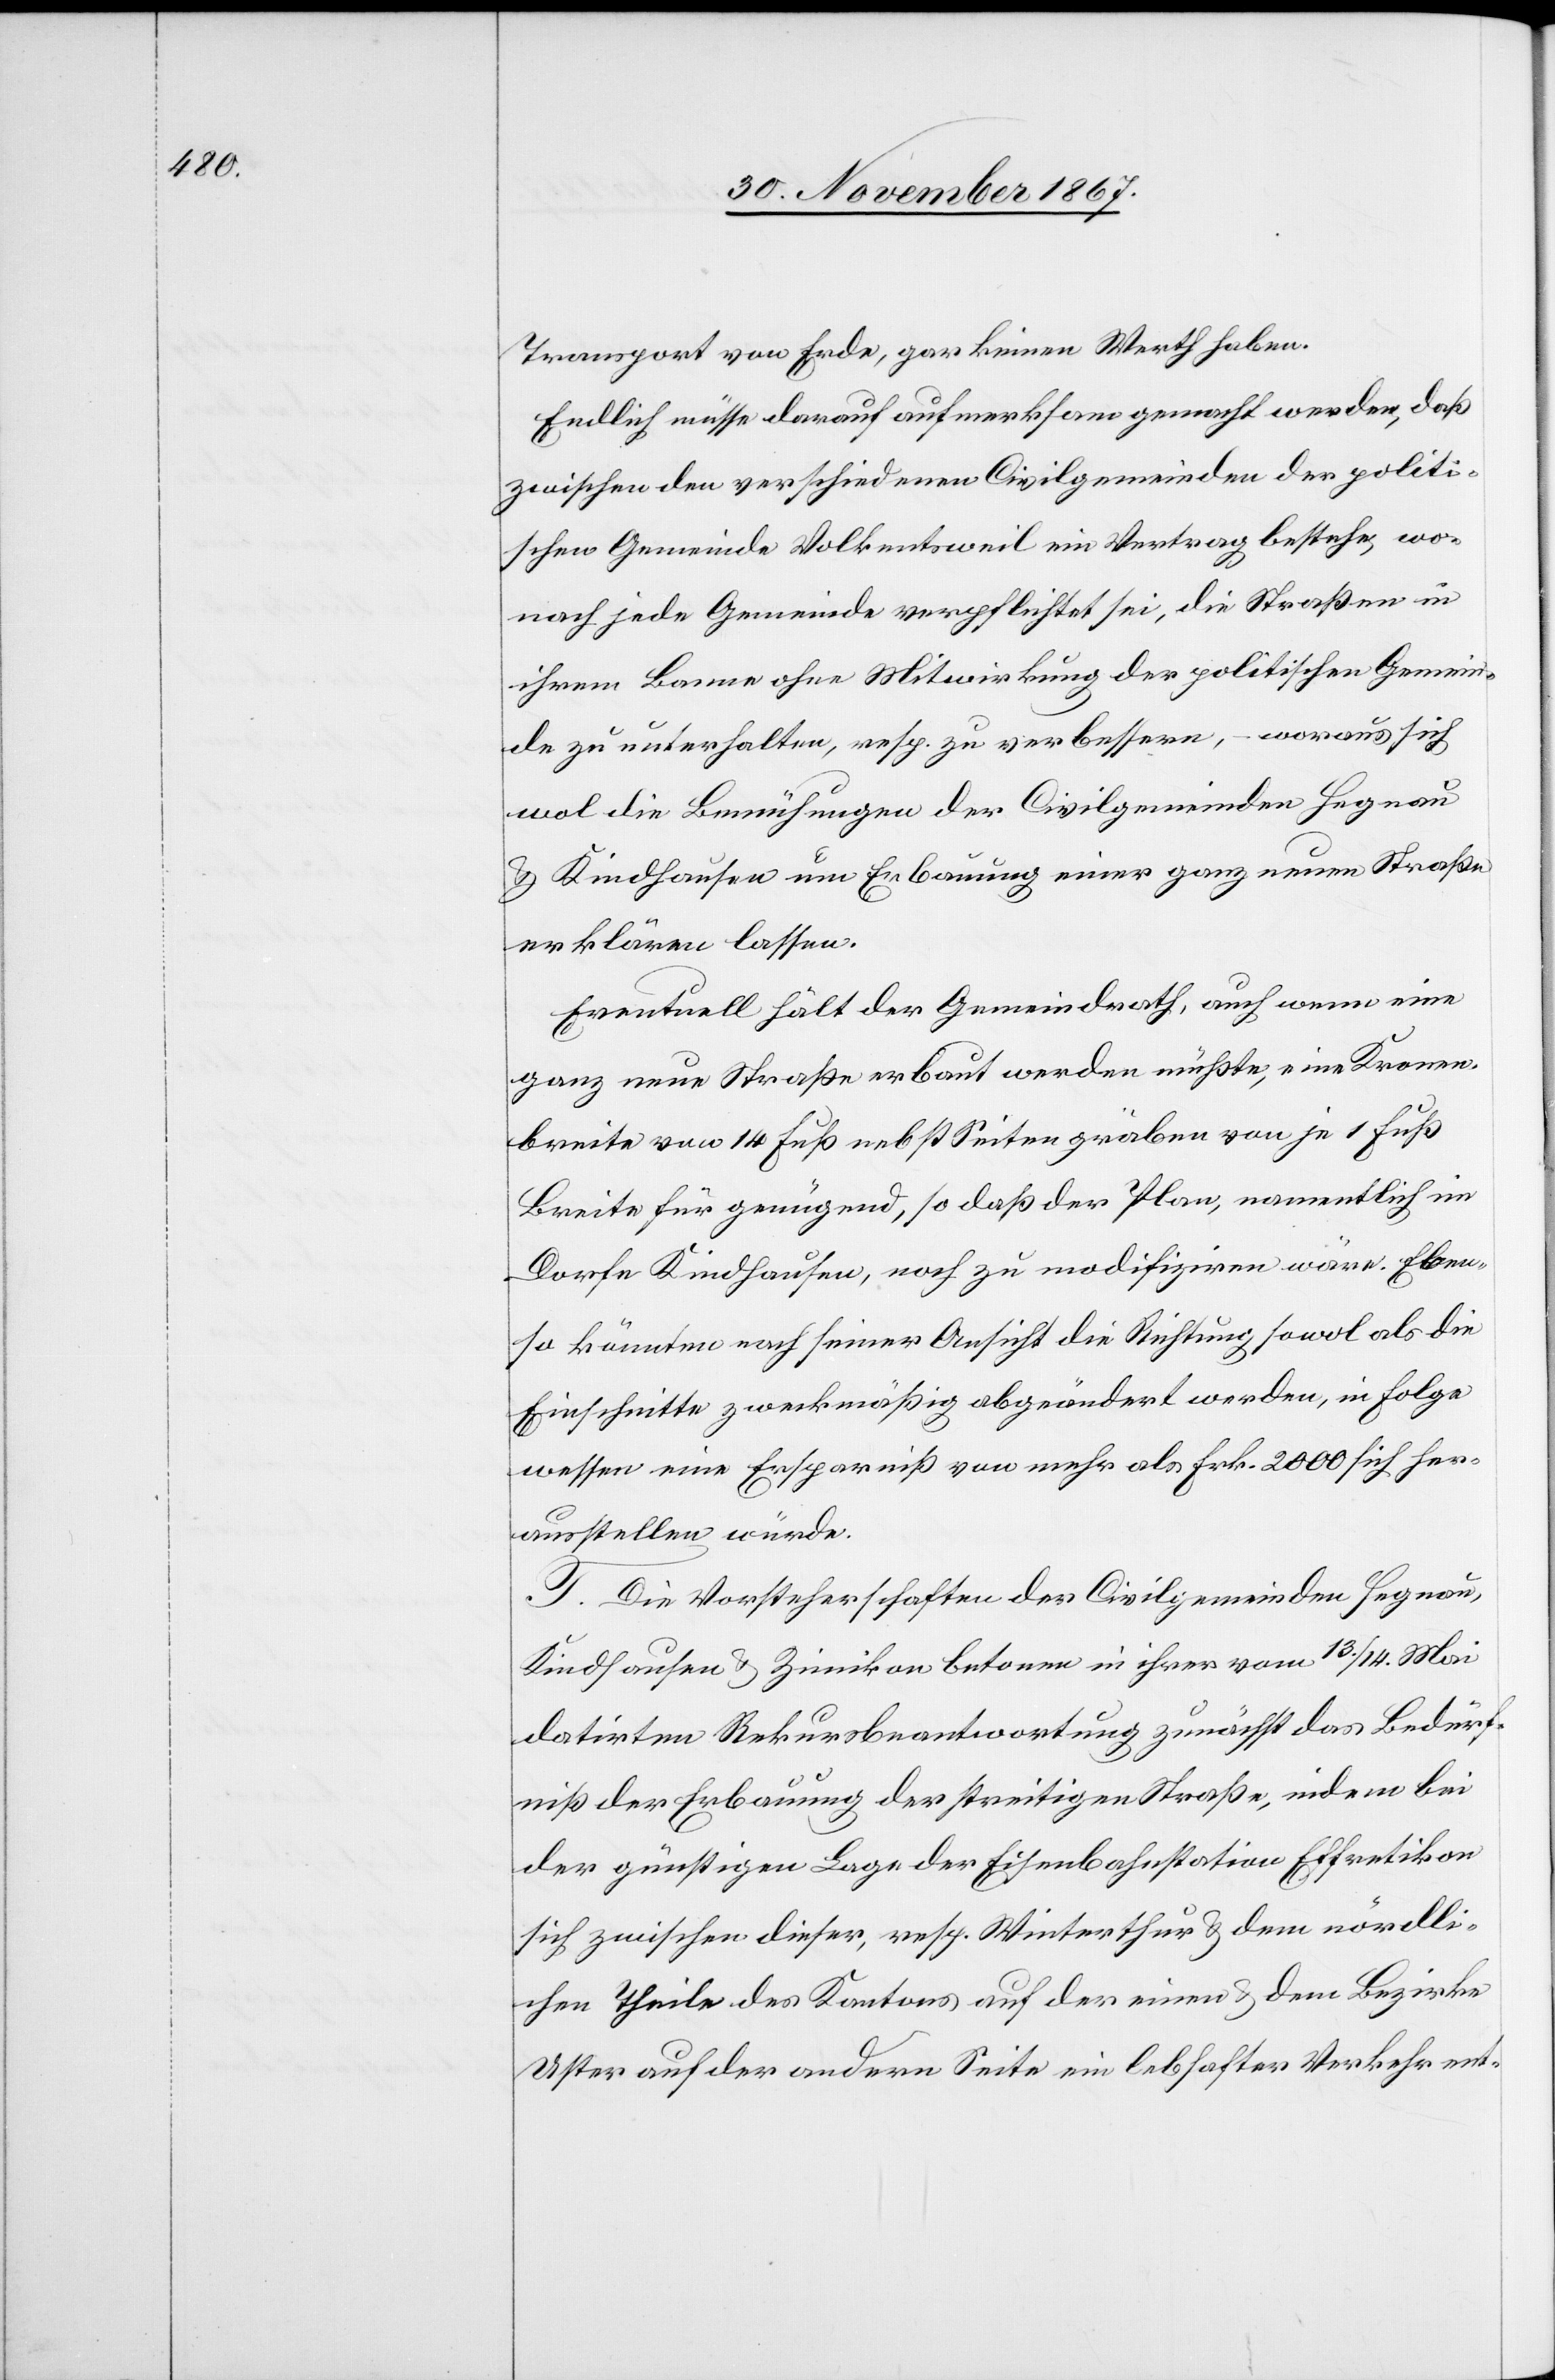
Transport von Erde, gar keinen Werth haben.
Endlich müsse darauf aufmerksam gemacht werden, daß
zwischen den verschiedenen Civilgemeinden der politi¬
schen Gemeinde Volkentsweil ein Vertrag bestehe, wo¬
nach jede Gemeinde verpflichtet sei, die Straßen in
ihrem Banne ohne Mitwirkung der politischen Gemein¬
de zu unterhalten, resp. zu verbessern, – woraus sich
wol die Bemühungen der Civilgemeinden Hegnau
u. Kindhausen um Erbauung einer ganz neuen Straße
erklären lassen.
Eventuell hält der Gemeindrath, auch wenn eine
ganz neue Straße erbaut werden müßte, eine Kronen¬
breite von 14 Fuß nebst Seitengräben von je 1 Fuß
Breite für genügend, so daß der Plan, namentlich im
Dorfe Kindhausen, noch zu modifiziren wäre. Eben¬
so könnten nach seiner Ansicht die Richtung sowol als die
Einschnitte zweckmäßig abgeändert werden, in Folge
wessen eine Ersparniß von mehr als Frk. 2000 sich her¬
ausstellen würde.
T. Die Vorsteherschaften der Civilgemeinden Hegnau,
Kindhausen u. Zimikon betonen in ihrer vom 13./14. Mai
datirten Rekursbeantwortung zunächst das Bedürf¬
niß der Erbauung der streitigen Straße, indem bei
der günstigen Lage der Eisenbahnstation Effretikon
sich zwischen dieser, resp. Winterthur u. dem nördli¬
chen Theile des Kantons auf der einen u. dem Bezirke
Uster auf der andern Seite ein lebhafter Verkehr ent-